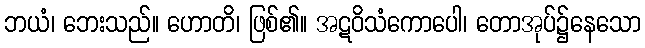
ဘယံ၊ ဘေးသည်။ ဟောတိ၊ ဖြစ်၏။ အဋဝိသံကောပေါ၊ တောအုပ်၌နေသော